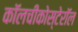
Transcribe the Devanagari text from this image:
कॉलचीकोस्टेरॉल